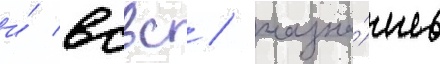
и́ всвс / назна́чив